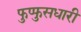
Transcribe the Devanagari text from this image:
फुप्फुसधारी